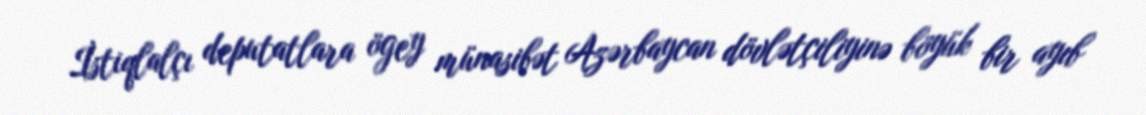
İstiqlalçı deputatlara ögey münasibət Azərbaycan dövlətçiliyinə böyük bir ayıb